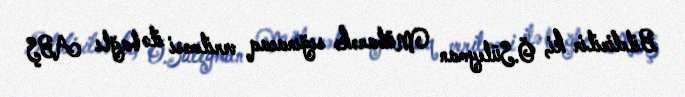
Bildirilir ki, Ö.Süleyman Mübarəkə sığınacaq verilməsi ilə bağlı ABŞ